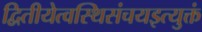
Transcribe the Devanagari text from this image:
द्वितीयेत्वस्थिसंचयइत्युक्तं